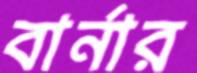
বার্নার